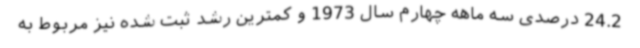
24.2 درصدی سه ماهه چهارم سال 1973 و کمترین رشد ثبت شده نیز مربوط به